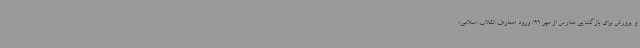
و پرورش برای بازگشایی مدارس از مهر 99/ ورود «معارف انقلاب اسلامی»